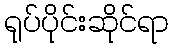
ရုပ်ပိုင်းဆိုင်ရာ